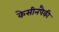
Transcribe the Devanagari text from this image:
केसीनपैकी